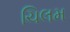
ચિલમ